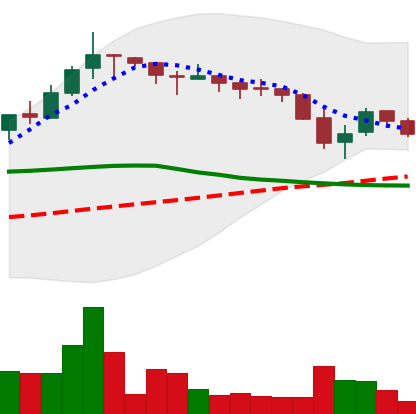
Ticker: TRX-USD
Chart end date: 2018-05-15
Forward return: 12.693%
Label: up_7plus